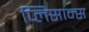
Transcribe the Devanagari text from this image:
प्लिसान्स